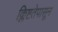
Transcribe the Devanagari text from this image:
क्लिष्टतेपासून